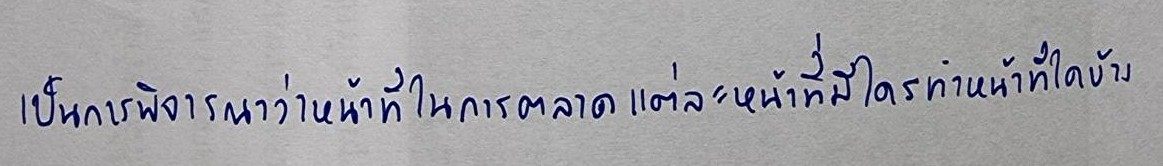
เป็นการพิจารณาว่าหน้าที่ในการตลาดแต่ละหน้าที่มีใครทำหน้าที่ใดบ้าง